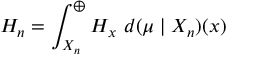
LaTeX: H _ { n } = \int _ { X _ { n } } ^ { \oplus } H _ { x } \ d ( \mu \mid X _ { n } ) ( x )